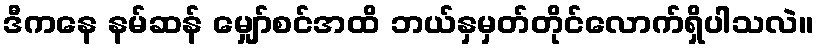
ဒီကနေ နမ်ဆန် မျှော်စင်အထိ ဘယ်နှမှတ်တိုင်လောက်ရှိပါသလဲ။